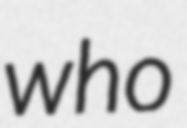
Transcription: who